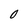
Character: 0